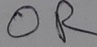
Text: OR